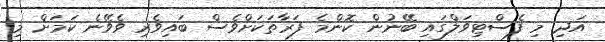
އަދި މި ފެސްޓިވަލްގައި ބޭނުން ކޮންމެ ފަރާތަކަށްވެސް ބައިވެރި ވެވޭނެ ކަމަށް މި